Civil Veterinary Dept. North-West Frontier Province 1933-46 - 1933-1946
Year: 1933
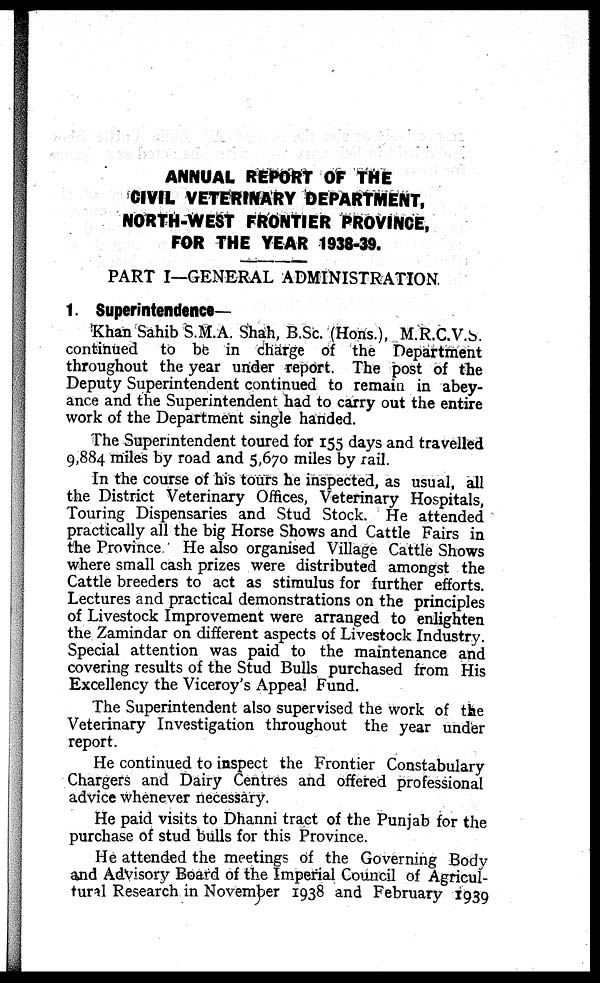
ANNUAL REPORT OF THE
CIVIL VETERINARY DEPARTMENT,
NORTH-WEST FRONTIER PROVINCE,
FOR THE YEAR 1938-39.
PART I—GENERAL ADMINISTRATION
1. Superintendence—
Khan Sahib S.M.A. Shah, B.Sc. (Hons.), M.R.C.V.S.
continued to be in charge of the Department
throughout the year under report. The post of the
Deputy Superintendent continued to remain in abey-
ance and the Superintendent had to carry out the entire
work of the Department single handed.
The Superintendent toured for 155 days and travelled
9,884 miles by road and 5,670 miles by rail.
In the course of his tours he inspected, as usual, all
the District Veterinary Offices, Veterinary Hospitals,
Touring Dispensaries and Stud Stock. He attended
practically all the big Horse Shows and Cattle Fairs in
the Province He also organised Village Cattle Shows
where small cash prizes were distributed amongst the
Cattle breeders to act as stimulus for further efforts.
Lectures and practical demonstrations on the principles
of Livestock Improvement were arranged to enlighten
the Zamindar on different aspects of Livestock Industry.
Special attention was paid to the maintenance and
covering results of the Stud Bulls purchased from His
Excellency the Viceroy's Appeal Fund.
The Superintendent also supervised the work of the
Veterinary Investigation throughout the year under
report.
He continued to inspect the Frontier Constabulary
Chargers and Dairy Centres and offered professional
advice whenever necessary.
He paid visits to Dhanni tract of the Punjab for the
purchase of stud bulls for this Province.
He attended the meetings of the Governing Body
and Advisory Board of the Imperial Council of Agricul-
tural Research in November 1938 and February 1939